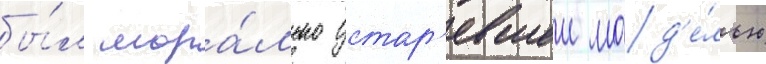
бы́л мора́льно устар'евшеи мод'е́лью